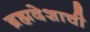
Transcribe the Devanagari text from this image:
ब्रह्मदेशाची